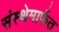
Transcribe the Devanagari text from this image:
संस्‍थेमार्फत